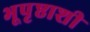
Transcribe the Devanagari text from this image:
भूपृष्ठाशी